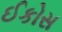
ઈકોસ